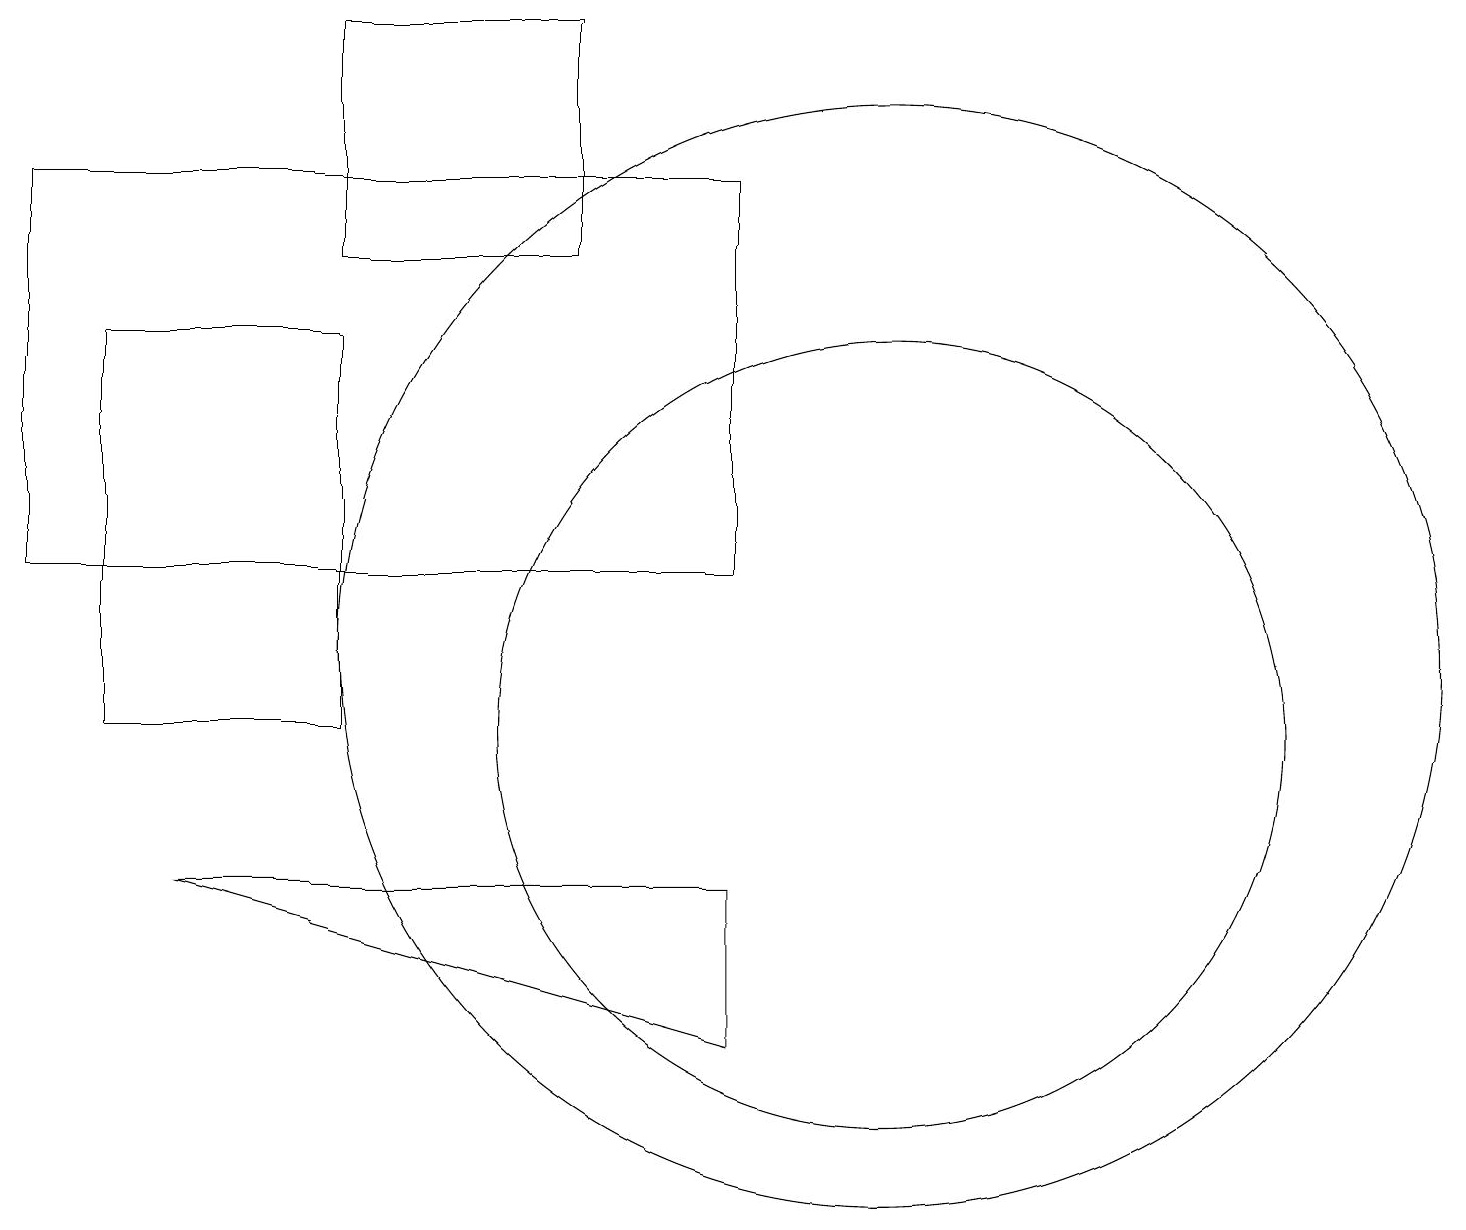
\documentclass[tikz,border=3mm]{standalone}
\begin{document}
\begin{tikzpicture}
\draw (11,10) circle (5);
\draw (0,12) rectangle (9,17);
\draw (7,19) rectangle (4,16);
\draw (11,11) circle (7);
\draw (2,8) -- (9,6) -- (9,8) -- cycle;
\draw (1,15) rectangle (4,10);
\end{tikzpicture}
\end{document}